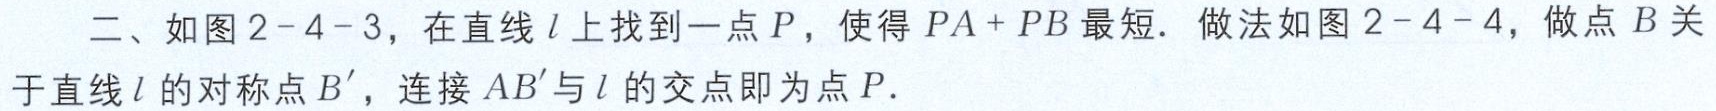
二、如图2 - 4 - 3，在直线\(l\)上找到一点\(P\)，使得\(PA + PB\)最短．做法如图2 - 4 - 4，做点\(B\)关于直线\(l\)的对称点\(B'\)，连接\(AB'\)与\(l\)的交点即为点\(P\)．